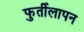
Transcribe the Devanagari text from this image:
फुर्तीलापन